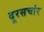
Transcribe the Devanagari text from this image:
दूरसचांर